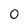
Character: O